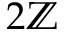
2 \mathbb { Z }